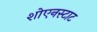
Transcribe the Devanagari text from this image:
शोएनस्टाट